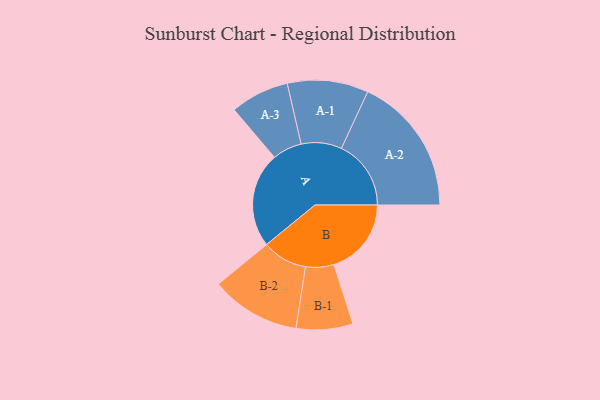
{"axis": {"x": "Segment", "y": "Value"}, "legend": ["", "A", "B"], "data": [{"x": "A", "y": 343, "type": ""}, {"x": "B", "y": 279, "type": ""}, {"x": "A-1", "y": 146, "type": "A"}, {"x": "A-2", "y": 251, "type": "A"}, {"x": "A-3", "y": 106, "type": "A"}, {"x": "B-1", "y": 102, "type": "B"}, {"x": "B-2", "y": 162, "type": "B"}]}